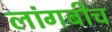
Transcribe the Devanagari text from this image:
लांगबीच